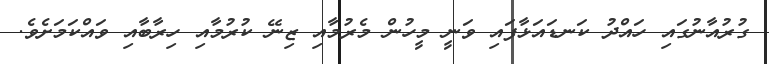
ގުރުއާނުގައި ހައްދު ކަނޑައަޅާފައި ވަނީ މީހުން މެރުމާއި ޒިނޭ ކުރުމާއި ހިރާބާއި ވައްކަމަށެވެ.